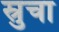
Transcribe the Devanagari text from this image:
स्रुचा